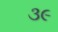
૩૯